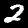
Label: 2